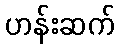
ဟန်းဆက်